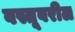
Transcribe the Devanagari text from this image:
वस्तूवरील